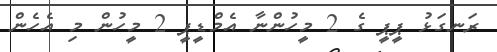
ރަނގަޅު ޕީޕީ ގެ 2 މީހުންނާ އެމްޑީޕީ 2 މީހުން މި އެހެން